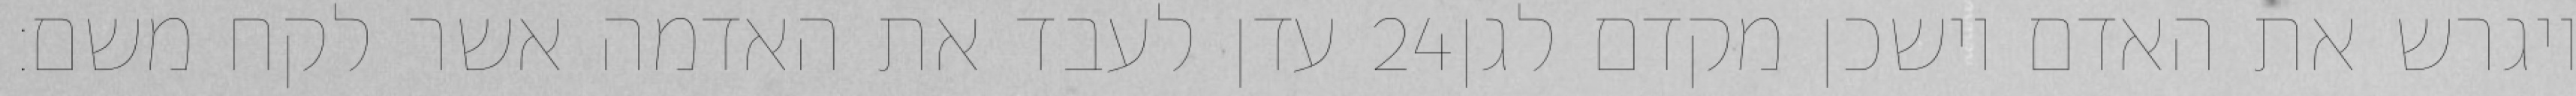
עדן לעבד את האדמה אשר לקח משם׃ ‎24‏ ויגרש את האדם וישכן מקדם לגן